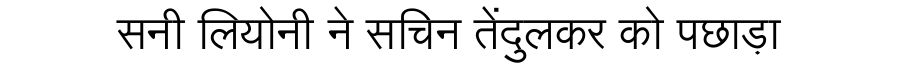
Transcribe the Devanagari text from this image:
सनी लियोनी ने सचिन तेंदुलकर को पछाड़ा